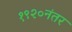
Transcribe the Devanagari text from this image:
१९२०नंतर